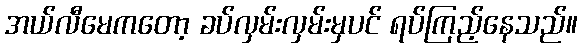
အယ်လီမေကတော့ ခပ်လှမ်းလှမ်းမှပင် ရပ်ကြည့်နေသည်။